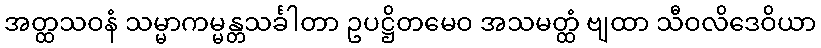
အတ္ထသဝနံ သမ္မာကမ္မန္တသင်္ခါတာ ဥပဋ္ဌိတမေဝ အသမတ္ထံ ဗျထာ သီဝလိဒေဝိယာ